Lunatic asylums Madras 1892-1911 - 1892-1911
Year: 1892
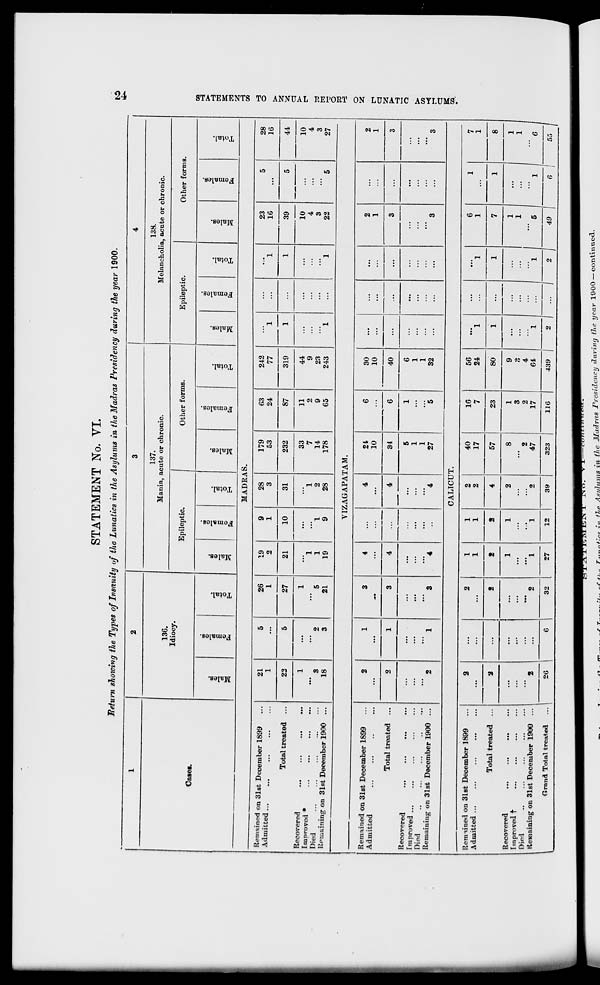
STATEMENT No. VI.
"Return showing the Types of Insanity of the Lunatics in the Asylums in the Madras Presidency during the year 1900.
t3
4-
1
2
3
4
<w
136.
Idiocy.
137.
Mania, acute or chronic.
138.
Melancholia, acnte or chronic.
Epileptic,
Other forms.
Epileptic.
Other forms.
DO
o
8
00
D
"3
S a
fo
3
O
00
o
"3
■
S
o
fo
Is
H
CO
"3
3
oo
o
a
o
fo
"3 ■4-1 o
EH
00
"3
00
"3
s
<D
fo
"3
o
EH
oo
a
a
0B
"3
S
<D
fo
*5
MADRAS.
Remained on 31st December 1899
Admitted
Total treated ...
Recovered
...
...
Improved *
Died
...
...
...
'"
\"
Remaining on 31st December 1900 ...
21
1
5
26
1
19
2
9
1
28
3
179
53
63
24
242
77
1
1
...
"l
23
16
5
28
16
22
5
27
21
10
31
232
87
319
...
1
39
5
44
1
' 8
18
2
3
1
5
21
1
1
19
1
9
1
2
28
33
7
14
178
11
2
9
65
44
9
23
243
1
...
1
10
4
3
22
5
10
4
3
27
VIZAGAPATAM.
Remained on 31st December 1899
Admitted
Total treated ...
Recovered
Improved
Hied
Remaining on 31st December 1900 ...
2
1
3
4
,
4
21
10
6
30
10
...
...
...
2
1
...
2
1
2
1
3
4
4
4
81
6
40
...
...
...
3
...
3
2
1
3
4
5
1
1
27
1
5
6
1
1
32
...
...
...
8
...
3
CALICUT.
Remu'ned on 31st December 1899
Admitted ...
Total treated ...
Recovered
Improved t
Died
Remaining on 31st December 1900 ...
2
...
2
1
1
1
1
2
2
40
17
16
7
56
24
"*1
...
"l
6
1
1
7
1
2
...
2
2
a
4
57
23
80
1
...
1
7
1
8
2
* 2
1
1
I
I
2
2
8
2
47
1
3
2
17
9
D
4
64
1
...
1
1
1
1 1
1
1
-e
1
Grand Total treated ...
26 1
•
32
27
12
39
323
11G
439 !
2 1 ... 1 .]
49 |
« 1
55 /
03
t-i
i-3
Hi
as
CO
1-3
O
>
>
W
w
O
Ed
1-2
o
as
t-»
a
S3
o
CO
■-4
a
CO
JI - m..„
.•/,. ^ ^/.^. Tjtmntine ?'»? illP. Af
vlams in the Madras Presidency daring the year 1900-continued.